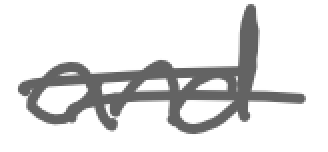
Text: and
Cross-out: wave
Writing tool: digital_gray